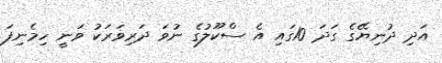
އަދި ދުނިޔޭގެ ގަދަ 10ގައި އެ ސްކޫލުގެ ނުވަ ދަރިވަރަކު ވަނީ ހިމެނިފަ